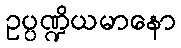
ဥပ္ပဏ္ဍိယမာနော